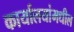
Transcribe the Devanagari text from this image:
कार्यालयांमधील